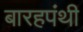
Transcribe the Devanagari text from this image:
बारहपंथी